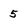
Character: 5